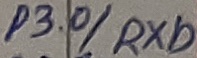
Text: P3.0/RXD